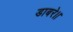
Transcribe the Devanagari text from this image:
डाबरे।।